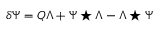
\delta \Psi = Q \Lambda + \Psi \star \Lambda - \Lambda \star \Psi